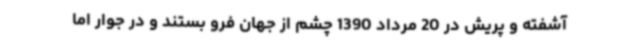
آشفته و پریش در 20 مرداد 1390 چشم از جهان فرو بستند و در جوار اما